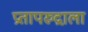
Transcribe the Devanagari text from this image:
प्रतापरुद्राला